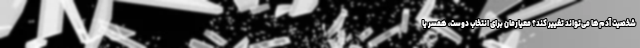
شخصیت آدم‌ها می‌تواند تغییر کند؟ معیارمان برای انتخاب دوست، همسر یا